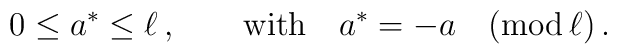
0\leq a^*\leq \ell\,, \qquad \hbox{with} \quad a^* =-a \quad (\hbox{mod} \, \ell)\,.